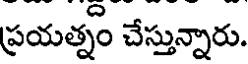
ప్రయత్నం చేస్తున్నారు.